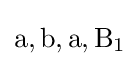
\mathrm {a,b,a,B_{1}}